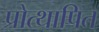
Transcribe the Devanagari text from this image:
प्रोत्थापित